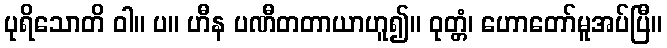
ပုရိသောတိ ဝါ။ ပ။ ဟီန ပဏီတတာယာဟူ၍။ ဝုတ္တံ၊ ဟောတော်မူအပ်ပြီ။